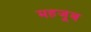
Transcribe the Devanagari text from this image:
महजूब